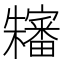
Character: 𱤴